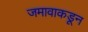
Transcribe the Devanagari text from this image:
जमावाकडून